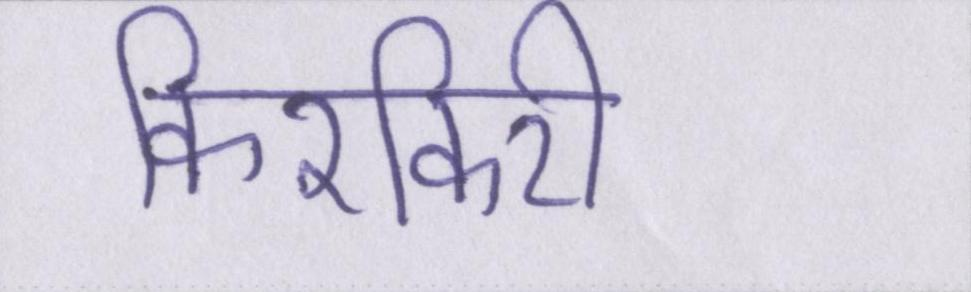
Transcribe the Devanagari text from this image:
किरकिरी